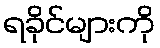
ရခိုင်များကို